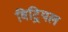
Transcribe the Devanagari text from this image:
विट्रियल